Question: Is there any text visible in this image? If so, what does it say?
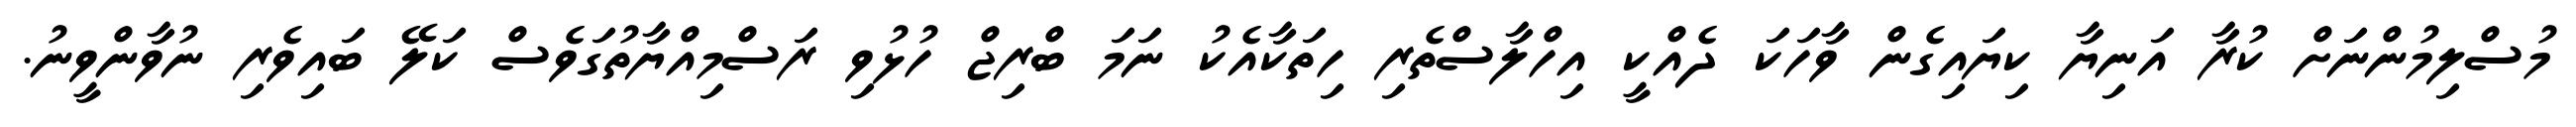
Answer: މުސްލިމުންނަށް ކުރާ އަނިޔާ ކިޔައިގެން ވާހަކަ ދެއްކީ އިހްލާސްތެރި ހިތަކާއެކު ނަމަ ބްރިޖް ހުޅުވި ރަސްމިއްޔާތުގަވެސް ކަލޭ ބައިވެރި ނުވާންވީނު.